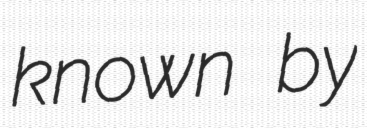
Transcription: known by